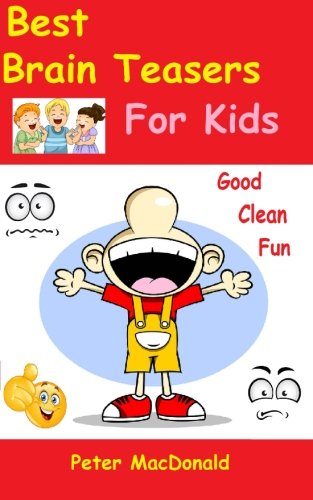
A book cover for Best Brain Teasers For Kids: Good Clean Fun (Best Joke Books For Kids) (Volume 4); Peter MacDonald; Humor & Entertainment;